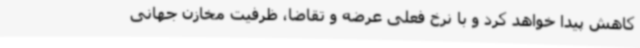
کاهش پیدا خواهد کرد و با نرخ فعلی عرضه و تقاضا، ظرفیت مخازن جهانی